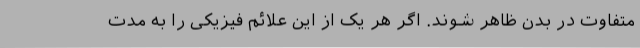
متفاوت در بدن ظاهر شوند. اگر هر یک از این علائم فیزیکی را به مدت